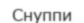
Снуппи